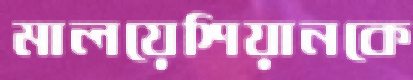
মালয়েশিয়ানকে